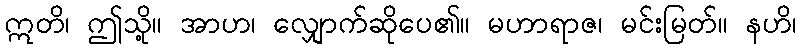
ဣတိ၊ ဤသို့။ အာဟ၊ လျှောက်ဆိုပေ၏။ မဟာရာဇ၊ မင်းမြတ်။ နဟိ၊